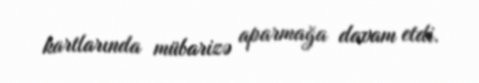
kartlarında mübarizə aparmağa davam etdi.